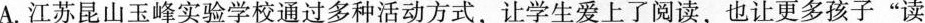
A.江苏昆山玉峰实验学校通过多种活动方式，让学生爱上了阅读，也让更多孩子”读